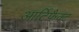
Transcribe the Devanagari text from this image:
आर्टिफैक्ट